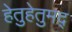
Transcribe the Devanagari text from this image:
हेतुहेतुमद्